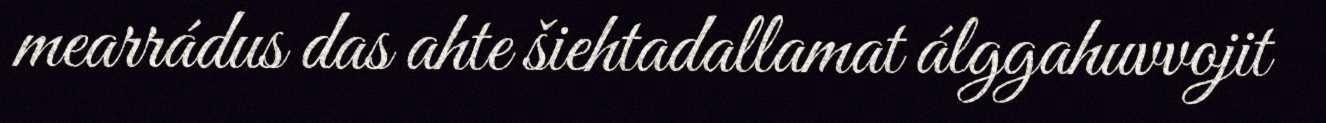
mearrádus das ahte šiehtadallamat álggahuvvojit